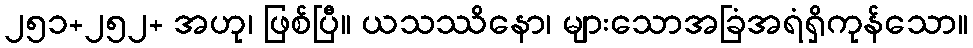
၂၅၁+၂၅၂+ အဟု၊ ဖြစ်ပြီ။ ယသဿိနော၊ များသောအခြံအရံရှိကုန်သော။